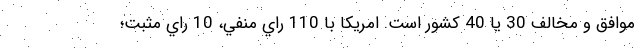
موافق و مخالف 30 يا 40 كشور است. امريكا با 110 راي منفي، 10 راي مثبت؛